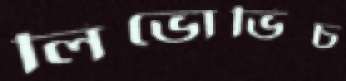
লিভোভিচ